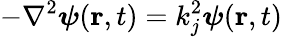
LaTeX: -\nabla^{2}\boldsymbol{\psi}(\mathbf{r},t)=k_{j}^{2}\boldsymbol{\psi}(\mathbf{r},t)